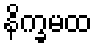
နိက္ခမထ